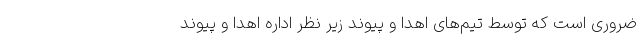
ضروری است‌ که توسط تیم‌های اهدا و پیوند زیر نظر اداره اهدا و پیوند